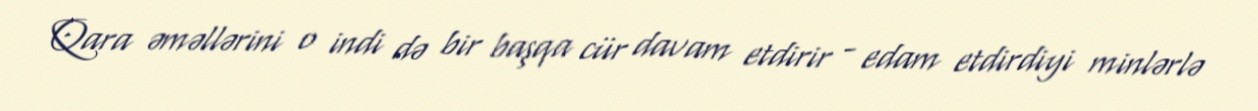
Qara əməllərini o indi də bir başqa cür davam etdirir - edam etdirdiyi minlərlə